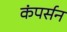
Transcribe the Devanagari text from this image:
कंपर्सन